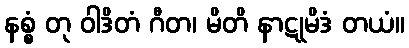
နစ္စံ တု ဝါဒိတံ ဂီတ၊ မိတိ နာဋုမိဒံ တယံ။